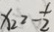
x _ { 2 } > - \frac { 1 } { 2 }